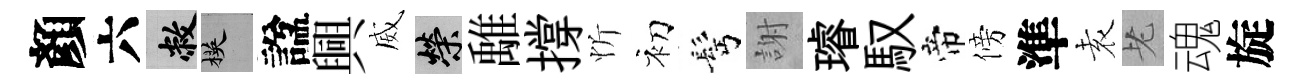
顏六敝楧諡興威榮𩀌撐忻初髩謝璿馭帝傍準𡊮老魂旋